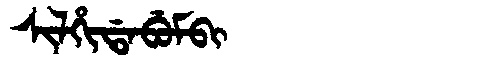
Manchu: ᠰᡳᠯᡥᡳᡩᠠᠪᡠᠮᠪᡳ
Romanization: SILHIDABUMBI